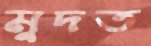
মুদত